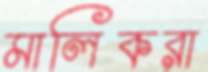
মালিকরা